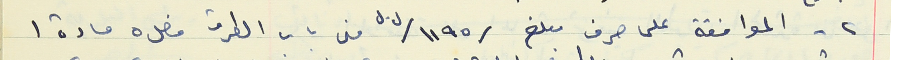
٢ - الموافقة على صرف مبلغ /١١٩٥/ ل.ل من باب الطرق فصل ٥ مادة ١